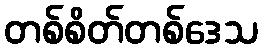
တစ်စိတ်တစ်ဒေသ